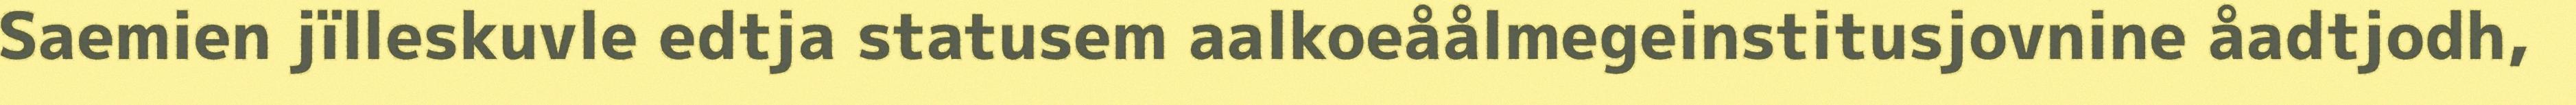
Saemien jïlleskuvle edtja statusem aalkoeåålmegeinstitusjovnine åadtjodh,